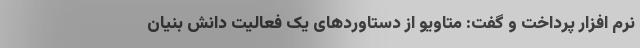
نرم افزار پرداخت و گفت: متاویو از دستاوردهای یک فعالیت دانش بنیان